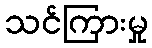
သင်ကြားမှု